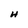
Character: H